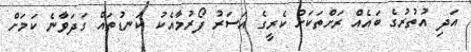
އަދި އުތުރުގެ ބައެއް ރަށްތަކަށް ކެރީގެ އަސަރު ފޯރުމާއެކު ކަނޑުތައް ގަދަވާނެ ކަމަށް